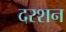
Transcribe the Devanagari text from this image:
दरशन